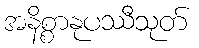
အနိစ္စာနုပဿီသုတ်